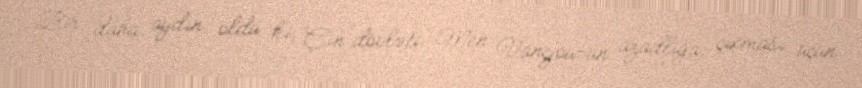
Bir daha aydın oldu ki, Çin dövləti Men Vançjou-un azadlığa çıxması üçün